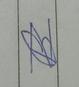
Signature authenticity: forged